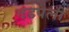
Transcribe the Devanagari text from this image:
दडपली